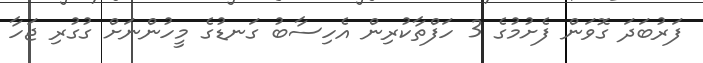
ފަރުބަދަ ގޮވަން ފެށުމުގެ 3 ހަފްތާކުރިން އެހިސާބު ގަނޑުގެ މީހުންނަށް ގުގުރި ޖަހާ